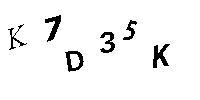
K7D35K